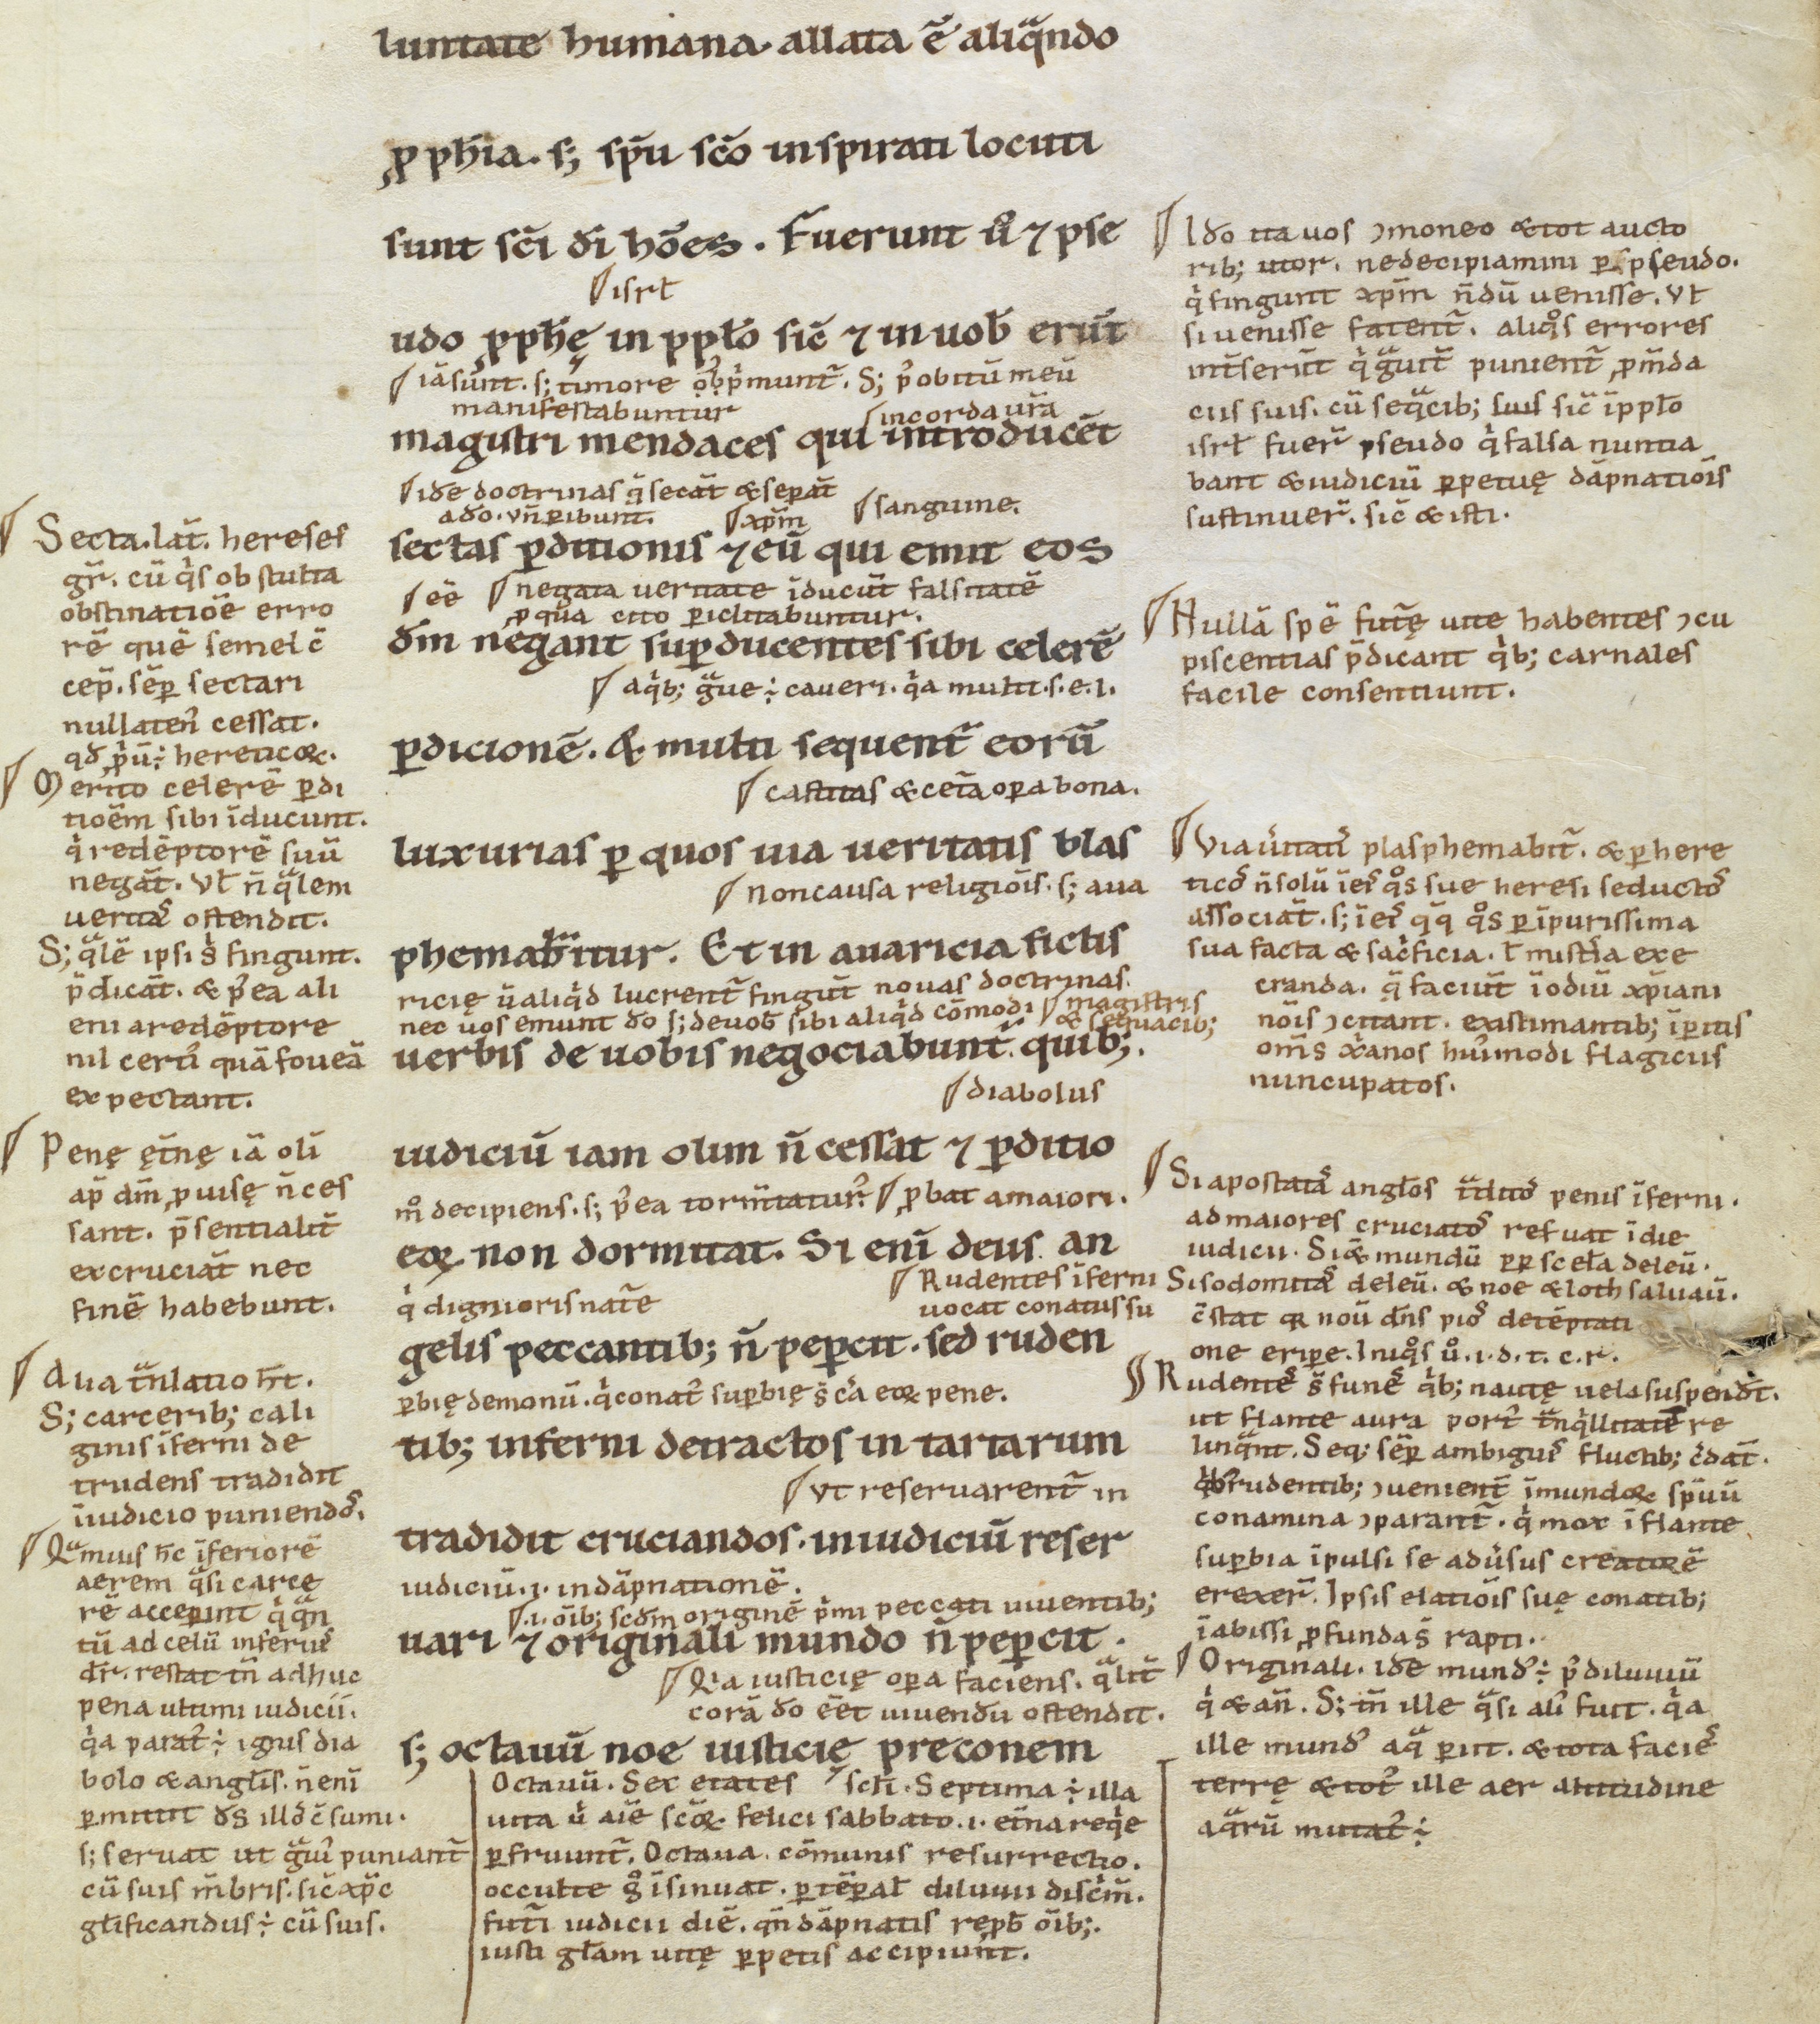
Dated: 1100–1199